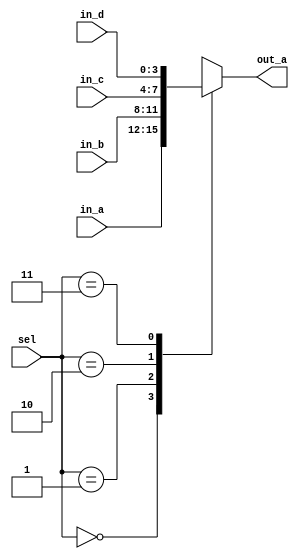
module CAS_NR_DEFA (in_a,in_b,in_c,in_d,sel,out_a);
   input [3:0] in_a,in_b,in_c,in_d;
   input [1:0] sel;
   output reg [3:0] out_a;

   always @(in_a or in_b or in_c or in_d or sel)
   begin
      case(sel)
      2'b00: out_a = in_a;
      2'b01: out_a = in_b;
      2'b10: out_a = in_c;
      2'b11: out_a = in_d;
      default: out_a = 4'bx;
   endcase
end
endmodule